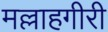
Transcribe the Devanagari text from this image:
मल्लाहगीरी